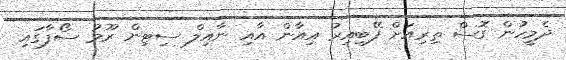
ދެމީހުން ގޮސް ތިރިއަށް ފޭބިއިރު އިއާން އާއި ނާއިލް ސިޓިން ރޫމު ސޯފާގައި